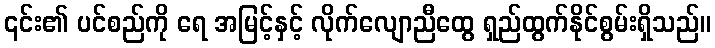
၎င်း၏ ပင်စည်ကို ရေ အမြင့်နှင့် လိုက်လျောညီထွေ ရှည်ထွက်နိုင်စွမ်းရှိသည်။